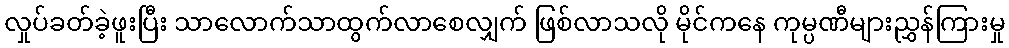
လှုပ်ခတ်ခဲ့ဖူးပြီး သာလောက်သာထွက်လာစေလျှက် ဖြစ်လာသလို မိုင်ကနေ ကုမ္ပဏီများညွှန်ကြားမှု